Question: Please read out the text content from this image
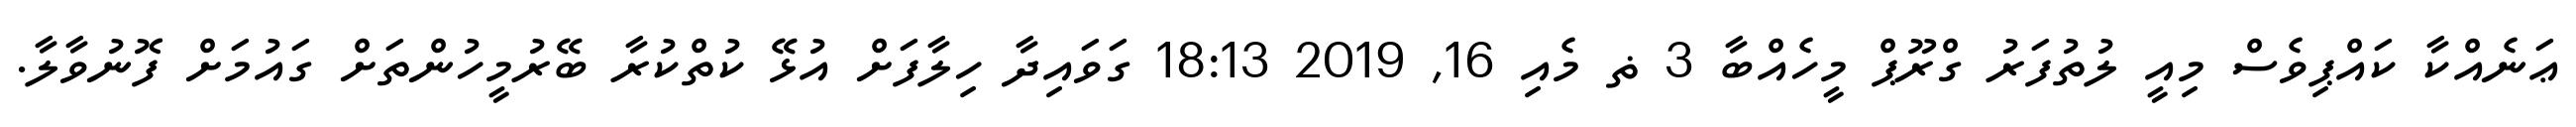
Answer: ޢަނެއްކާ ކައްޕިވެސް މިއީ ލުތުފަރު ގްރޫޕް މީހެއްބާ 3 ޡ މެއި 16, 2019 18:13 ގަވައިދާ ހިލާފަށް އުޅޭ ކުތްކުރާ ބޭރުމީހުންތަށް ގައުމަށް ފޮނުވާލާ.